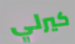
كيرلي